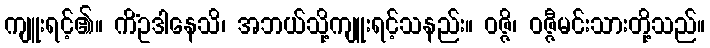
ကျူးရင့်၏။ ကိံဥဒါနေသိ၊ အဘယ်သို့ကျူးရင့်သနည်း။ ဝဇ္ဇိ၊ ဝဇ္ဇီမင်းသားတို့သည်။